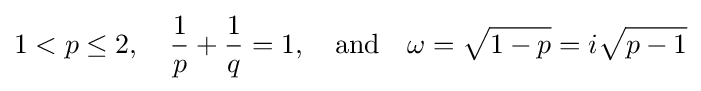
1<p\leq 2,\quad {\frac {1}{p}}+{\frac {1}{q}}=1,\quad {\text{and}}\quad \omega ={\sqrt {1-p}}=i{\sqrt {p-1}}